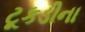
ટૂકડીના